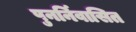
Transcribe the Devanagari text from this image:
पुनर्निवासित